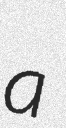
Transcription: a